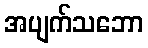
အပျက်သဘော